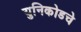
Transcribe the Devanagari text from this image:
युनिकोडचे